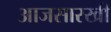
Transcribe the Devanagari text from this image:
आजसारखी